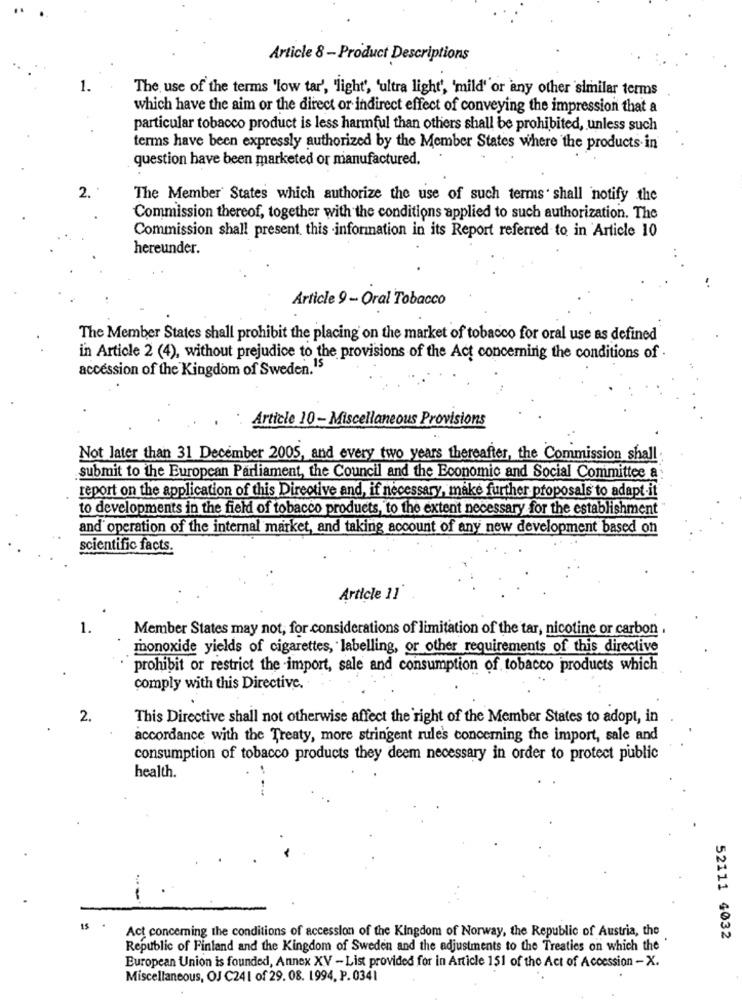
Article 8 -Product Descriptions
1.
The use of the terms 'low tar', 'light', 'ultra light', 'mild' or any other similar terms
which have the aim or the direct or indirect effect of conveying the impression that a
particular tobacco product is less harmful than others shall be prohibited, unless such
terms have been expressly authorized by the Member States where the products in
question have been marketed or manufactured.
2.
The Member States which authorize the use of such terms ' shall notify the
Commission thereof, together with the conditions applied to such authorization. The
Commission shall present. this information in its Report referred to in Article 10
hereunder.
Article 9 - Oral Tobacco
The Member States shall prohibit the placing on the market of tobacco for oral use as defined
in Article 2 (4), without prejudice to the provisions of the Act concerning the conditions of
accession of the Kingdom of Sweden. 15
Article 10 - Miscellaneous Provisions
Not later than 31 December 2005, and every two years thereafter, the Commission shall
submit to the European Parliament, the Council and the Economic and Social Committee a
report on the application of this Directive and, if necessary, make further proposals to adapt it
to developments in the field of tobacco products, to the extent necessary for the establishment
and operation of the internal market, and taking account of any new development based on
scientific facts.
Article 11"
1.
Member States may not, for considerations of limitation of the tar, nicotine or carbon .
monoxide yields of cigarettes, labelling, or other requirements of this directive
prohibit or restrict the import, sale and consumption of tobacco products which
comply with this Directive.
2.
This Directive shall not otherwise affect the right of the Member States to adopt, in
accordance with the Treaty, more stringent rules concerning the import, sale and
consumption of tobacco products they deem necessary in order to protect public
health.
-
15
Act concerning the conditions of accession of the Kingdom of Norway, the Republic of Austria, the
52111 4032
Republic of Finland and the Kingdom of Sweden and the adjustments to the Treaties on which the
European Union is founded, Annex XV - List provided for in Article 151 of the Act of Accession -X.
Miscellaneous, OJ C241 of 29. 08. 1994. P. 0341